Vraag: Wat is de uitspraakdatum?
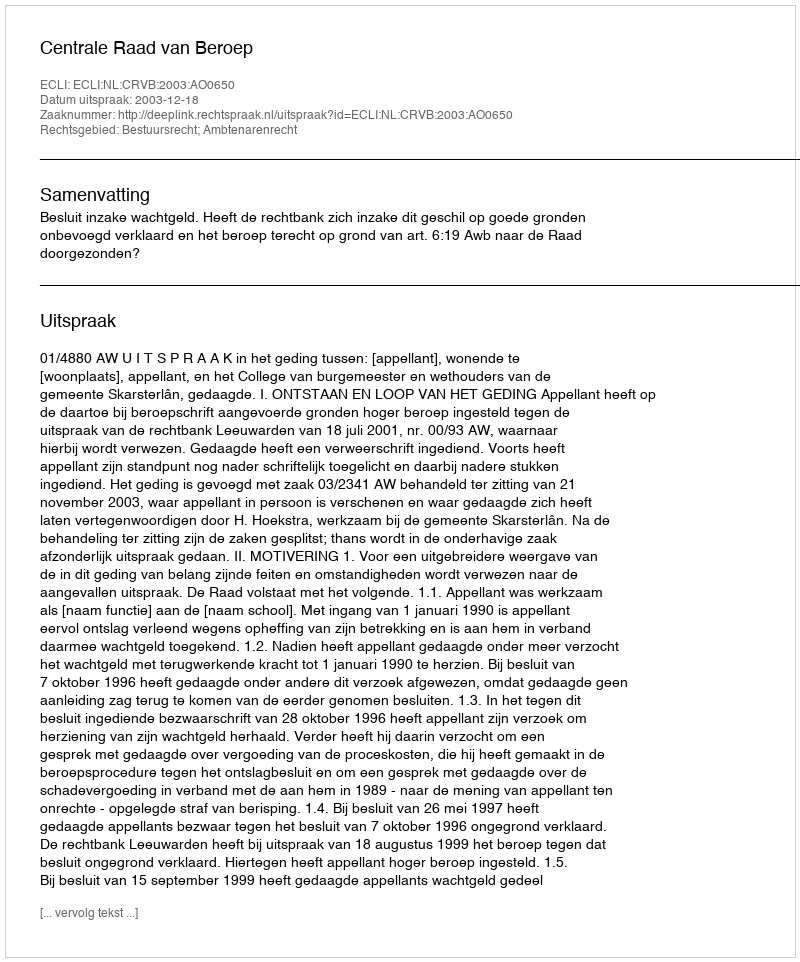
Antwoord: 2003-12-18